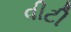
વીટી